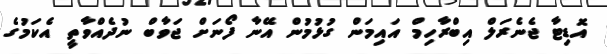
އޮޑިޓާ ޖެނެރަލް އިބްރާހިމް އައިމަން ގުޅުމުން އޭނާ ފޯނަށް ޖަވާބް ނުދެއްވާތީ އެކަމުގެ